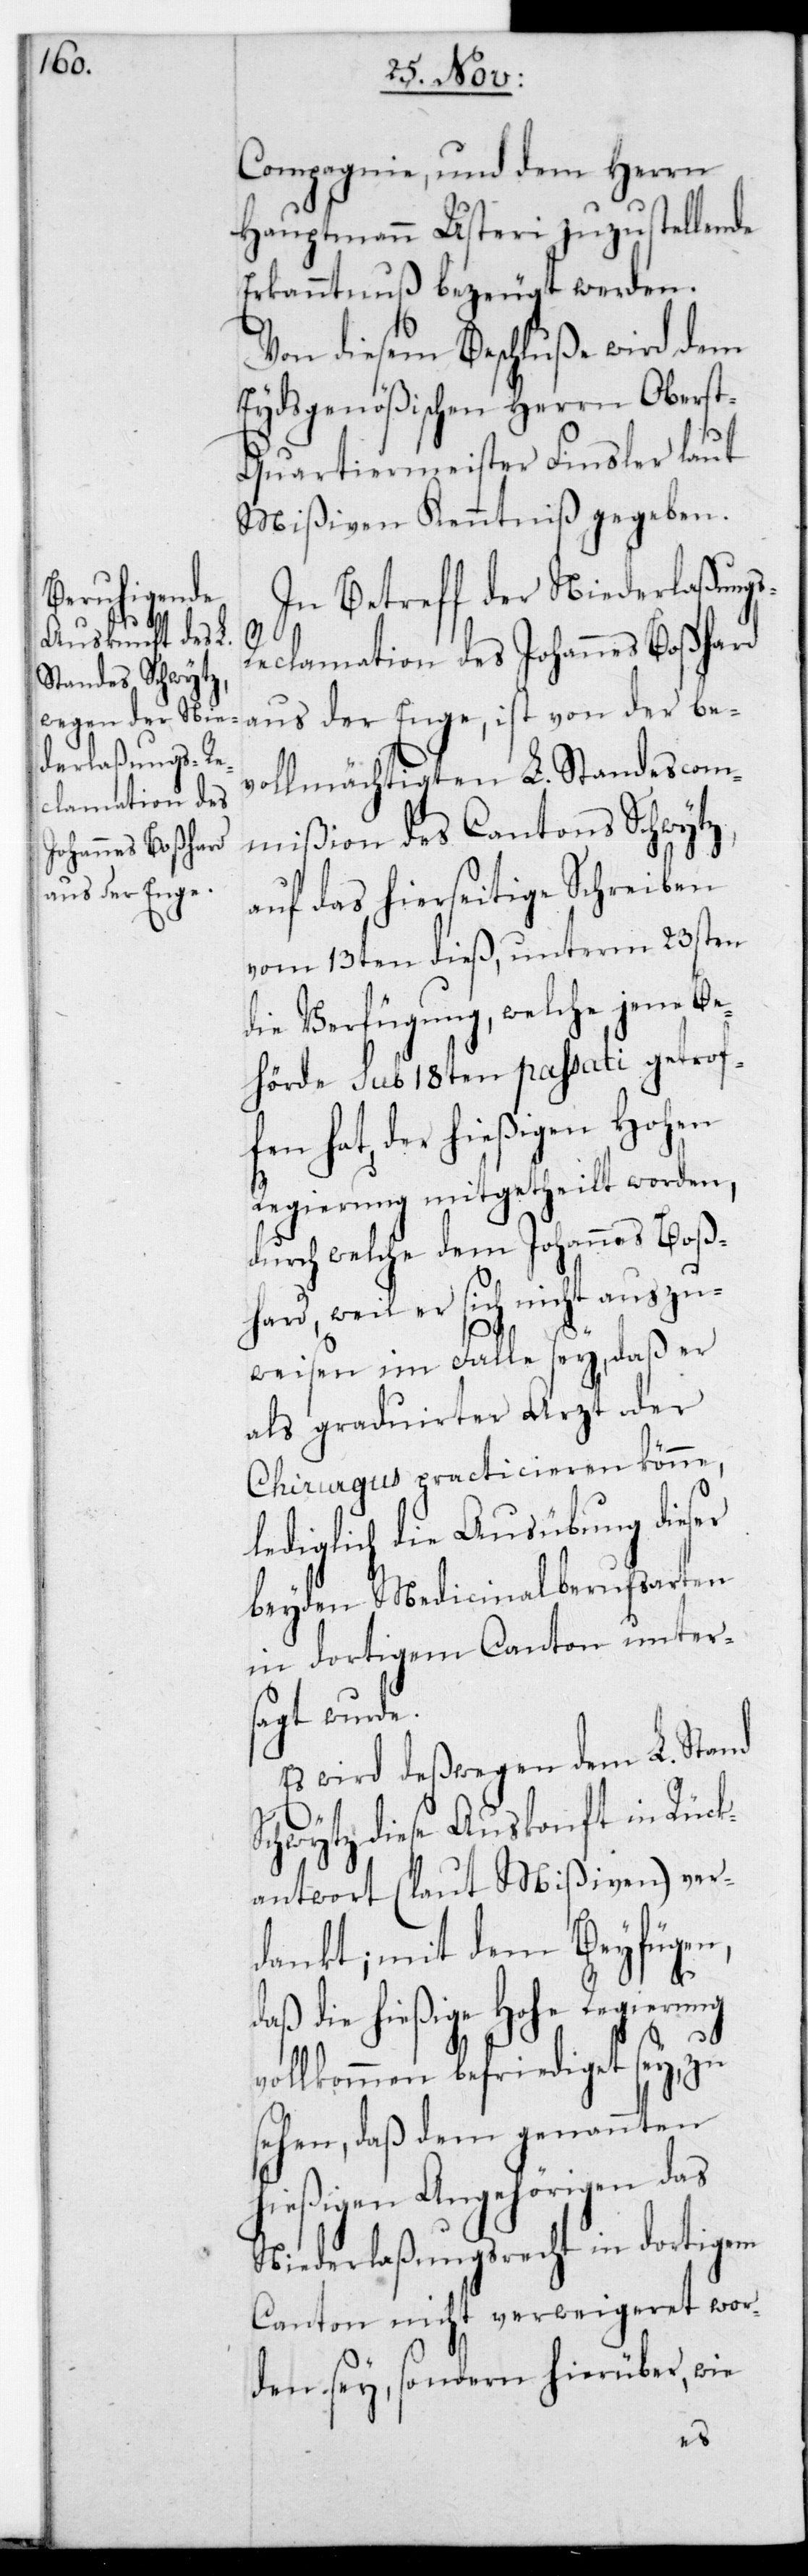
s-R¬

Compagnie und dem Herrn
Hauptmann Usteri zuzustellende
Erkanntnuß bezeugt werden.
Von diesem Beschluße wird dem
Eydsgenößischen Herrn Oberst¬
quartiermeister Finsler laut
Mißiven Kenntniß gegeben.
In Betreff der Niederlaßung¬
eclamation des Johannes Boßhard
aus der Enge, ist von der be¬
vollmächtigten L. Standescom¬
mißion des Canton Schwytz,
auf das hierseitige Schreiben
vom 13ten dieß, unterm 23sten
die Verfügung, welche jene Be¬
hörde sub 18ten passati getrof¬
fen hat, der hießigen Hohen
Regierung mitgetheilt worden,
durch welche dem Johannes Boß¬
hard, weil er sich nicht auszu¬
weisen im Falle sey, daß er
als graduierter Arzt oder
Chirurgus practicieren könne,
lediglich die Ausübung dieser
beyden Medicinalberufsarten
in dortigem Canton unter¬
sagt wurde.
Es wird deswegen dem L. Stand
v¬
Schwytz diese Auskonft in Rück¬
antwort (laut Mißiven) ver¬
dankt; mit dem Beyfügen,
daß die hießige Hohe Regierung
ollkommen befriediget sey, zu
sehen, daß dem genannten
hießigen Angehörigen das
Niederlaßungsrecht in dortigem
Canton nicht verweigeret wor¬
den sey, sondern hierüber, wie